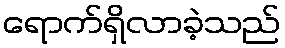
ရောက်ရှိလာခဲ့သည်